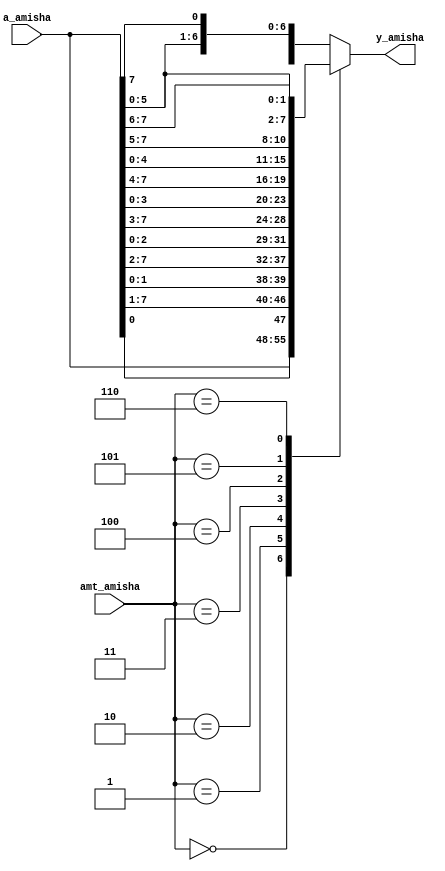
`timescale 1ns / 1ps
//////////////////////////////////////////////////////////////////////////////////
// Company: 
// Engineer: 
// 
// Design Name: 
// Module Name:    barrel_shifter_case_Amisha 
// Project Name: 
// Target Devices: 
// Tool versions: 
// Description: 
//
// Dependencies: 
//
// Revision: 
// Revision 0.01 - File Created
// Additional Comments: 
//
//////////////////////////////////////////////////////////////////////////////////
module barrel_shifter_case_Amisha(
    input [7:0] a_amisha,
    input [2:0] amt_amisha,
    output reg [7:0] y_amisha
    );
	 always @*
	 case (amt_amisha)
	 3'o0: y_amisha = a_amisha;
	 3'o1: y_amisha = {a_amisha[0], a_amisha[7:1]};
	 3'o2: y_amisha = {a_amisha[1:0], a_amisha[7:2]};
	 3'o3: y_amisha = {a_amisha[2:0], a_amisha[7:3]};
	 3'o4: y_amisha = {a_amisha[3:0], a_amisha[7:4]};
	 3'o5: y_amisha = {a_amisha[4:0], a_amisha[7:5]};
	 3'o6: y_amisha = {a_amisha[5:0], a_amisha[7:6]};
	 default: y_amisha = {a_amisha[6:0], a_amisha[7]};
	 endcase
endmodule